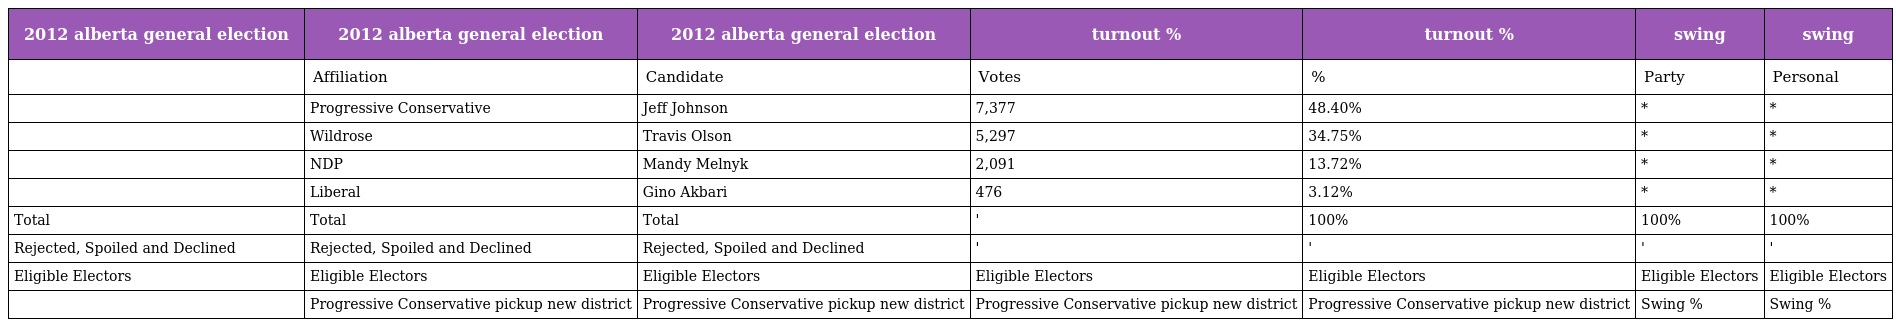
| 2012 alberta general election | 2012 alberta general election | 2012 alberta general election | turnout % | turnout % | swing | swing |
 | --- | --- | --- | --- | --- | --- | --- |
 |  | Affiliation | Candidate | Votes | % | Party | Personal |
 |  | Progressive Conservative | Jeff Johnson | 7,377 | 48.40% | * | * |
 |  | Wildrose | Travis Olson | 5,297 | 34.75% | * | * |
 |  | NDP | Mandy Melnyk | 2,091 | 13.72% | * | * |
 |  | Liberal | Gino Akbari | 476 | 3.12% | * | * |
 | Total | Total | Total | ' | 100% | 100% | 100% |
 | Rejected, Spoiled and Declined | Rejected, Spoiled and Declined | Rejected, Spoiled and Declined | ' | ' | ' | ' |
 | Eligible Electors | Eligible Electors | Eligible Electors | Eligible Electors | Eligible Electors | Eligible Electors | Eligible Electors |
 |  | Progressive Conservative pickup new district | Progressive Conservative pickup new district | Progressive Conservative pickup new district | Progressive Conservative pickup new district | Swing % | Swing % |